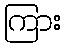
ကြား